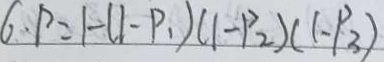
6 . P = 1 - ( 1 - P _ { 1 } ) ( 1 - P _ { 2 } ) ( 1 - P _ { 3 } )